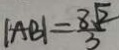
\vert A B \vert = \frac { 8 \sqrt { 2 } } { 3 }